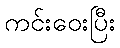
ကင်းဝေးပြီး